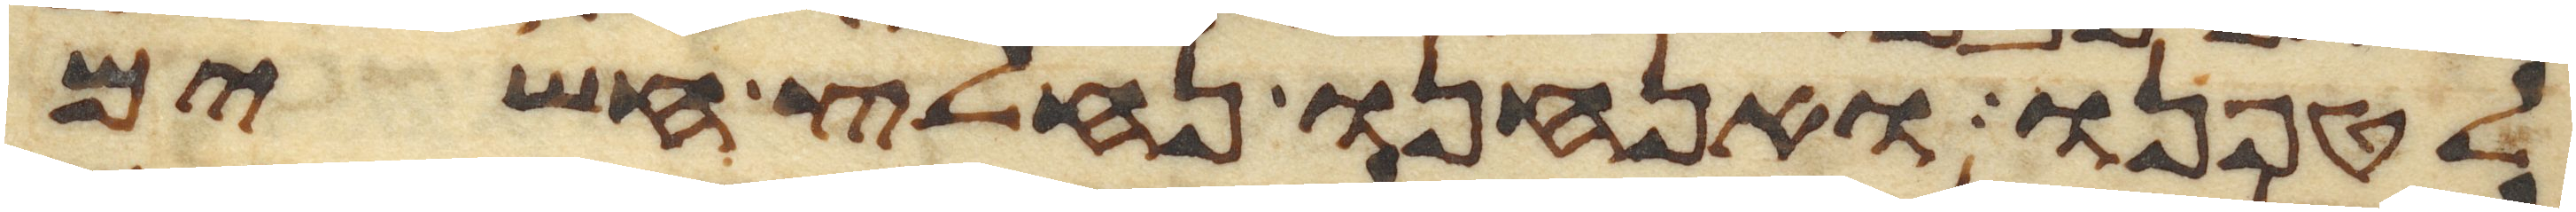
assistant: לטפנו ואנחנו נחלץ חשים